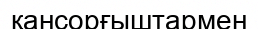
қансорғыштармен